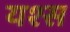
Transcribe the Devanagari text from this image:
यश्स